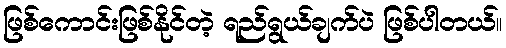
ဖြစ်ကောင်းဖြစ်နိုင်တဲ့ ရည်ရွယ်ချက်ပဲ ဖြစ်ပါတယ်။